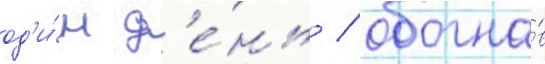
од'и́н д'е́нь / обогна́в